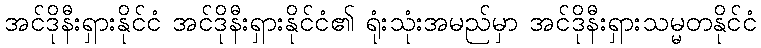
အင်ဒိုနီးရှားနိုင်ငံ အင်ဒိုနီးရှားနိုင်ငံ၏ ရုံးသုံးအမည်မှာ အင်ဒိုနီးရှားသမ္မတနိုင်ငံ